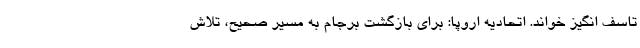
تاسف انگیز خواند. اتحادیه اروپا: برای بازگشت برجام به مسیر صحیح، تلاش